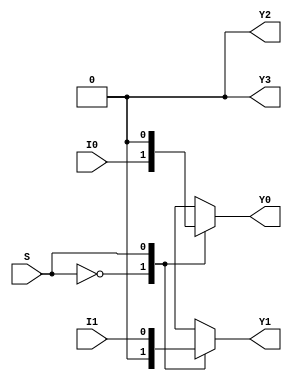
module demux_2to4 (
    input wire I0,
    input wire I1,
    input wire S,
    output reg Y0,
    output reg Y1,
    output reg Y2,
    output reg Y3
);

always @(*)
begin
    case(S)
        0: begin
            Y0 = I0;
            Y1 = 1'b0;
            Y2 = 1'b0;
            Y3 = 1'b0;
        end
        1: begin
            Y0 = 1'b0;
            Y1 = I1;
            Y2 = 1'b0;
            Y3 = 1'b0;
        end
        2: begin
            Y0 = 1'b0;
            Y1 = 1'b0;
            Y2 = I0;
            Y3 = 1'b0;
        end
        3: begin
            Y0 = 1'b0;
            Y1 = 1'b0;
            Y2 = 1'b0;
            Y3 = I1;
        end
    endcase
end
endmodule